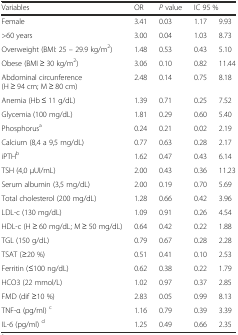
<table><thead><tr><td><b>Variables</b></td><td><b>OR</b></td><td><b><i>P</i> value</b></td><td colspan="2"><b>IC 95 %</b></td></tr></thead><tbody><tr><td>Female</td><td>3.41</td><td>0.03</td><td>1.17</td><td>9.93</td></tr><tr><td>&gt;60 years</td><td>3.00</td><td>0.04</td><td>1.03</td><td>8.73</td></tr><tr><td>Overweight (BMI: 25 – 29.9 kg/m<sup>2</sup>)</td><td>1.48</td><td>0.53</td><td>0.43</td><td>5.10</td></tr><tr><td>Obese (BMI ≥ 30 kg/m<sup>2</sup>)</td><td>3.06</td><td>0.10</td><td>0.82</td><td>11.44</td></tr><tr><td>Abdominal circunference (H ≥ 94 cm; M ≥ 80 cm)</td><td>2.48</td><td>0.14</td><td>0.75</td><td>8.18</td></tr><tr><td>Anemia (Hb ≤ 11 g/dL)</td><td>1.39</td><td>0.71</td><td>0.25</td><td>7.52</td></tr><tr><td>Glycemia (100 mg/dL)</td><td>1.81</td><td>0.29</td><td>0.60</td><td>5.40</td></tr><tr><td>Phosphorus<sup>a</sup></td><td>0.24</td><td>0.21</td><td>0.02</td><td>2.19</td></tr><tr><td>Calcium (8,4 a 9,5 mg/dL)</td><td>0.77</td><td>0.63</td><td>0.28</td><td>2.17</td></tr><tr><td>iPTH<sup>b</sup></td><td>1.62</td><td>0.47</td><td>0.43</td><td>6.14</td></tr><tr><td>TSH (4,0 μUI/mL)</td><td>2.00</td><td>0.43</td><td>0.36</td><td>11.23</td></tr><tr><td>Serum albumin (3,5 mg/dL)</td><td>2.00</td><td>0.19</td><td>0.70</td><td>5.69</td></tr><tr><td>Total cholesterol (200 mg/dL)</td><td>1.28</td><td>0.66</td><td>0.42</td><td>3.96</td></tr><tr><td>LDL-c (130 mg/dL)</td><td>1.09</td><td>0.91</td><td>0.26</td><td>4.54</td></tr><tr><td>HDL-c (H ≥ 60 mg/dL; M ≥ 50 mg/dL)</td><td>0.64</td><td>0.42</td><td>0.22</td><td>1.88</td></tr><tr><td>TGL (150 g/dL)</td><td>0.79</td><td>0.67</td><td>0.28</td><td>2.28</td></tr><tr><td>TSAT (≥20 %)</td><td>0.51</td><td>0.41</td><td>0.10</td><td>2.53</td></tr><tr><td>Ferritin (≤100 ng/dL)</td><td>0.62</td><td>0.38</td><td>0.22</td><td>1.79</td></tr><tr><td>HCO3 (22 mmol/L)</td><td>1.02</td><td>0.97</td><td>0.37</td><td>2.85</td></tr><tr><td>FMD (dif ≥10 %)</td><td>2.83</td><td>0.05</td><td>0.99</td><td>8.13</td></tr><tr><td>TNF-α (pg/ml) <sup>c</sup></td><td>1.16</td><td>0.79</td><td>0.39</td><td>3.39</td></tr><tr><td>IL-6 (pg/ml) <sup>d</sup></td><td>1.25</td><td>0.49</td><td>0.66</td><td>2.35</td></tr></tbody></table>